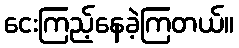
ငေးကြည့်နေခဲ့ကြတယ်။